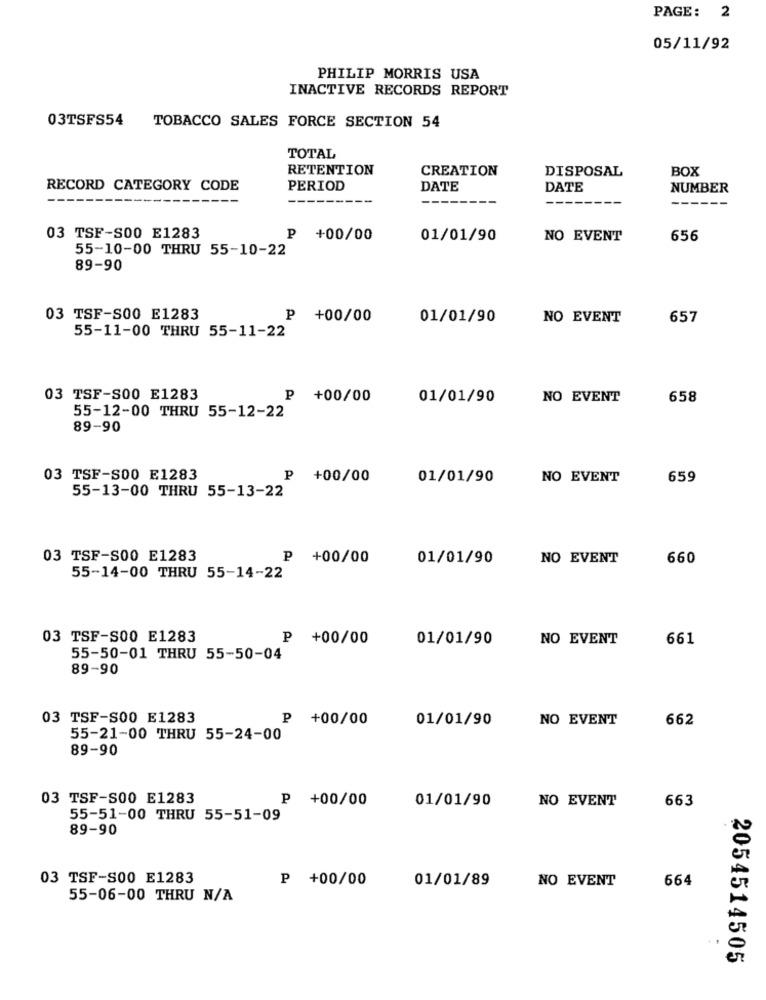
PAGE: 2
05/11/92
PHILIP MORRIS USA
INACTIVE RECORDS REPORT
03TSFS54
TOBACCO SALES FORCE SECTION 54
TOTAL
RETENTION
CREATION
DISPOSAL
BOX
RECORD CATEGORY CODE
PERIOD
DATE
DATE
NUMBER
03 TSF-S00 E1283
P +00/00
01/01/90
NO EVENT
656
55-10-00 THRU 55-10-22
89-90
03 TSF-S00 E1283
P +00/00
01/01/90
NO EVENT
657
55-11-00 THRU 55-11-22
03 TSF-S00 E1283
₱ +00/00
01/01/90
NO EVENT
658
55-12-00 THRU 55-12-22
89-90
03 TSF-S00 E1283
P +00/00
01/01/90
NO EVENT
659
55-13-00 THRU 55-13-22
03 TSF-S00 E1283
p +00/00
01/01/90
NO EVENT
660
55-14-00 THRU 55-14-22
03 TSF-S00 E1283
P +00/00
01/01/90
NO EVENT
661
55-50-01 THRU 55-50-04
89-90
03 TSF-S00 E1283
₱ +00/00
01/01/90
NO EVENT
662
55-21-00 THRU 55-24-00
89-90
03 TSF-S00 E1283
P +00/00
01/01/90
NO EVENT
663
55-51-00 THRU 55-51-09
89-90
03 TSF-S00 E1283
P +00/00
01/01/89
NO EVENT
664
55-06-00 THRU N/A
2054514505